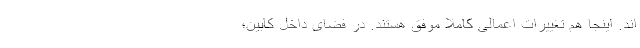
اند. اینجا هم تغییرات اعمالی کاملا موفق هستند. در فضای داخل کابین؛